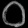
Digit: ၀